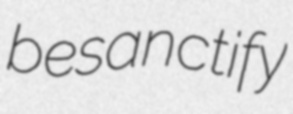
besanctify